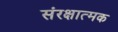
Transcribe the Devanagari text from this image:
संरक्षात्मक